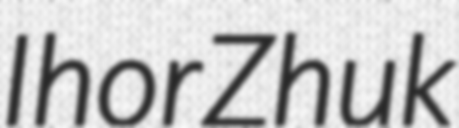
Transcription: Ihor Zhuk